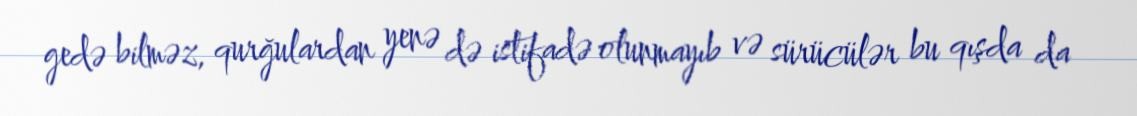
gedə bilməz, qurğulardan yenə də istifadə olunmayıb və sürücülər bu qışda da